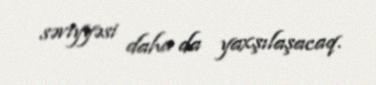
səviyyəsi daha da yaxşılaşacaq.